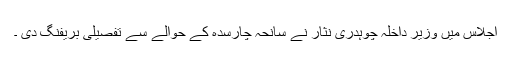
اجلاس میں وزیر داخلہ چوہدری نثار نے سانحہ چارسدہ کے حوالے سے تفصیلی بریفنگ دی ۔